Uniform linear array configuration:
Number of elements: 64
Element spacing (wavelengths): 1
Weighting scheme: uniform
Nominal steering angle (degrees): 45
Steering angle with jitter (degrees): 44.351
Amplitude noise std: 0.05
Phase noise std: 0.05

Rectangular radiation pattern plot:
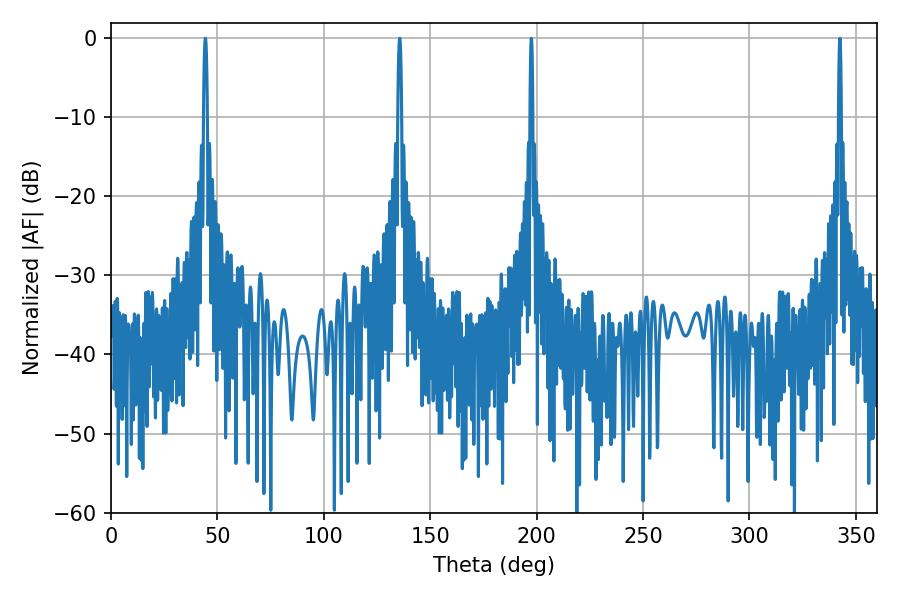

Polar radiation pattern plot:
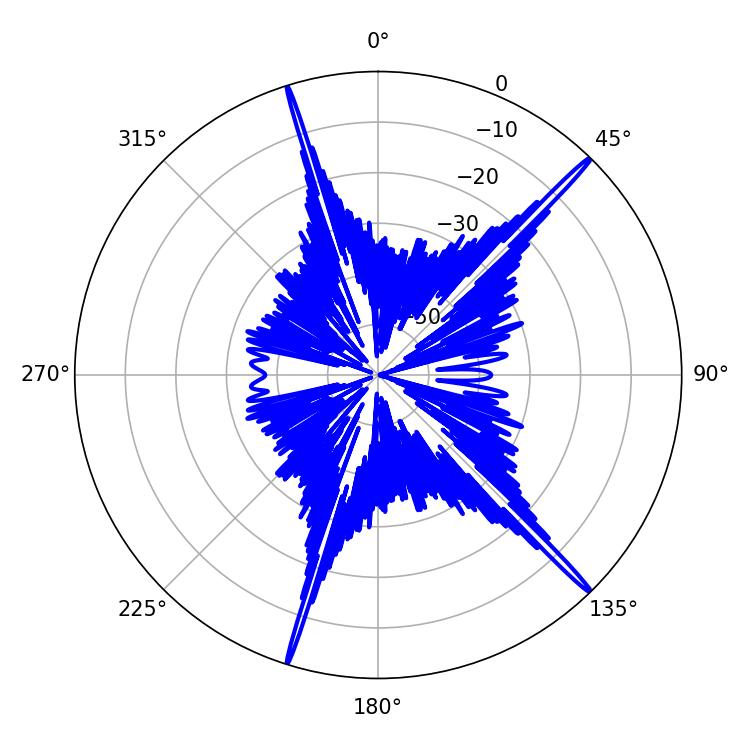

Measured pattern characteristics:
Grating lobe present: TRUE
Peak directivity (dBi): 19.835
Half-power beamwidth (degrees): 0.9
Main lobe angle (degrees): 44.28